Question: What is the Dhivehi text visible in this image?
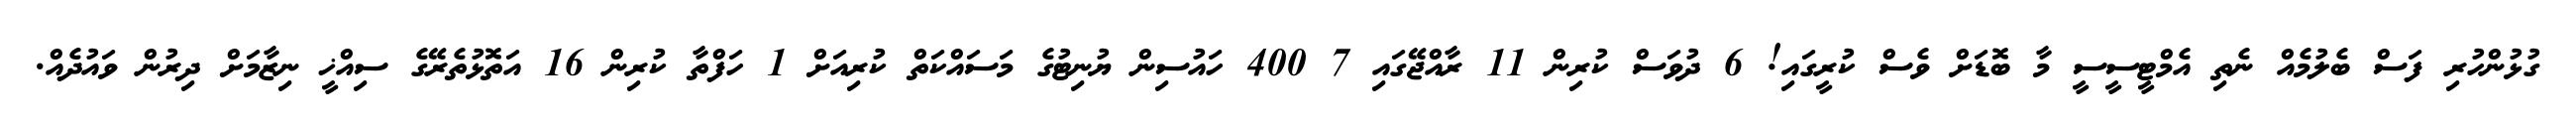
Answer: ގުޅުންހުރި ފަސް ބެލުމެއް ނެތި އެމްޓީސީސީ މާ ބޮޑަށް ވެސް ކުރީގައި! 6 ދުވަސް ކުރިން 11 ރާއްޖޭގައި 7 400 ހައުސިން ޔުނިޓުގެ މަސައްކަތް ކުރިއަށް 1 ހަފްތާ ކުރިން 16 އަތޮޅުތެރޭގެ ސިއްޚީ ނިޒާމަށް ދިރުން ވައުދެއް.